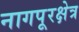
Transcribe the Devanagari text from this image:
नागपूरक्षेत्र